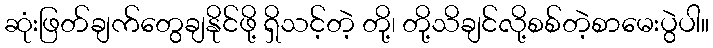
ဆုံးဖြတ်ချက်တွေချနိုင်ဖို့ ရှိသင့်တဲ့ တို့၊ တို့သိချင်လို့စစ်တဲ့စာမေးပွဲပါ။